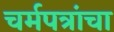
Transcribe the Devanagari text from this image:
चर्मपत्रांचा